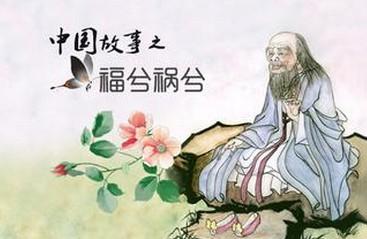
祸之所由生也，生自纤纤也。